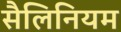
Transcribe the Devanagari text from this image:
सैलिनियम